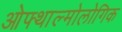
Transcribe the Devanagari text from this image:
ओफ्थाल्मोलोगिक